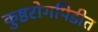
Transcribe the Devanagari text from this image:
कुष्ठरोगपिडीत